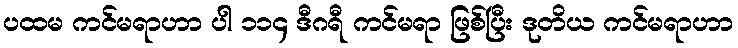
ပထမ ကင်မရာဟာ ပါ ၁၁၄ ဒီဂရီ ကင်မရာ ဖြစ်ပြီး ဒုတိယ ကင်မရာဟာ